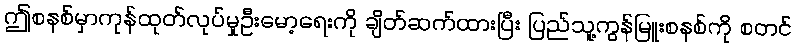
ဤစနစ်မှာကုန်ထုတ်လုပ်မှုဦးမော့ရေးကို ချိတ်ဆက်ထားပြီး ပြည်သူ့ကွန်မြူးစနစ်ကို စတင်